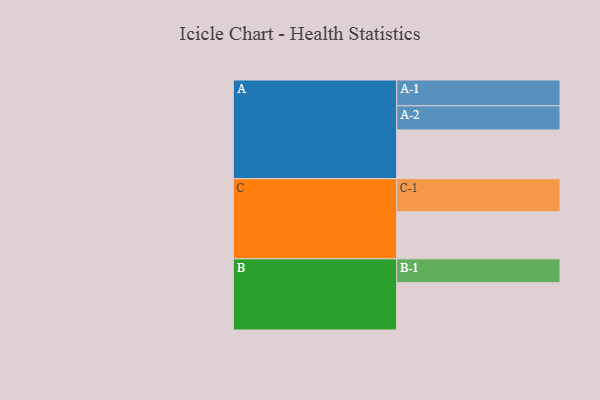
{"axis": {"x": "Segment", "y": "Value"}, "legend": ["", "A", "B", "C"], "data": [{"x": "A", "y": 428, "type": ""}, {"x": "B", "y": 416, "type": ""}, {"x": "C", "y": 414, "type": ""}, {"x": "A-1", "y": 227, "type": "A"}, {"x": "A-2", "y": 212, "type": "A"}, {"x": "B-1", "y": 209, "type": "B"}, {"x": "C-1", "y": 290, "type": "C"}]}